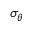
\sigma _ { \theta }